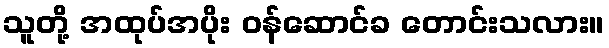
သူတို့ အထုပ်အပိုး ဝန်ဆောင်ခ တောင်းသလား။